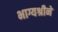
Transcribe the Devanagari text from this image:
भाग्यश्रीने